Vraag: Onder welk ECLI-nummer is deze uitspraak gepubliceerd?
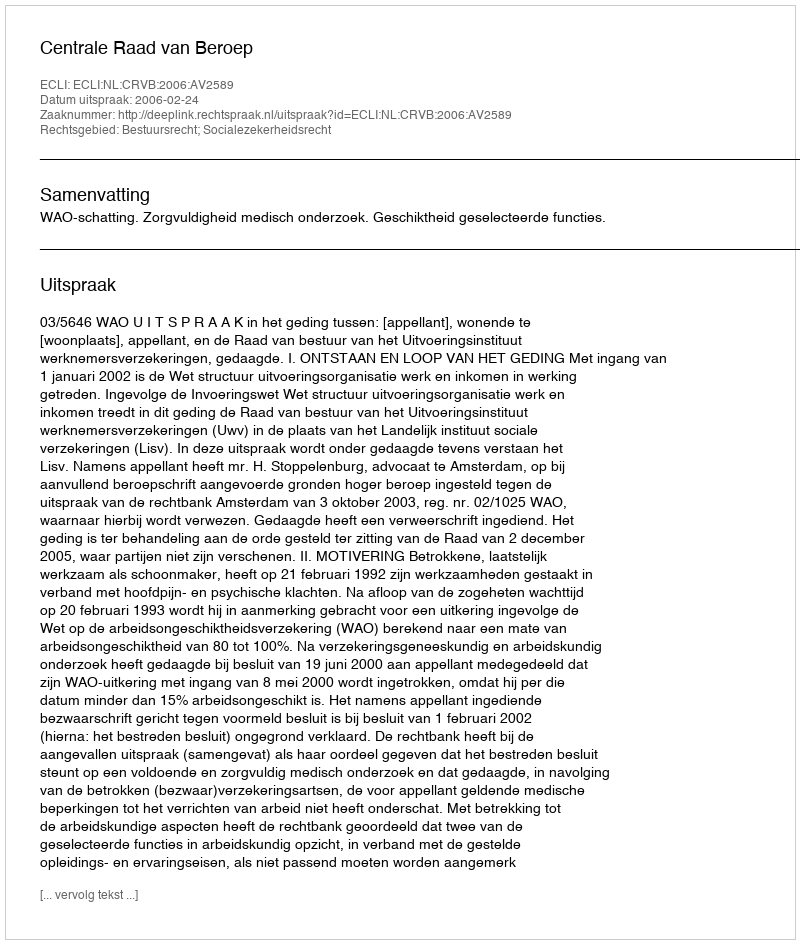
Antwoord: ECLI:NL:CRVB:2006:AV2589